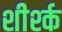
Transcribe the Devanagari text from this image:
शीर्श्क